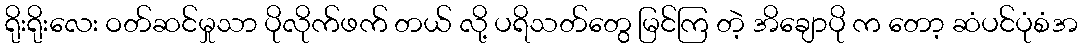
ရိုးရိုးလေး ဝတ်ဆင်မှုသာ ပိုလိုက်ဖက် တယ် လို့ ပရိသတ်တွေ မြင်ကြ တဲ့ အိချောပို က တော့ ဆံပင်ပုံစံအ